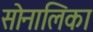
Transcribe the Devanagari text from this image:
सोनालिका